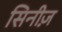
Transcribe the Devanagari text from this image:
सिनीज़